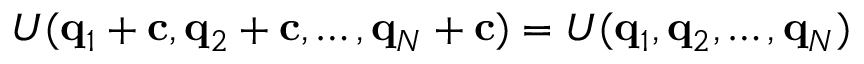
U ( \mathbf { q } _ { 1 } + \mathbf { c } , \mathbf { q } _ { 2 } + \mathbf { c } , \dots , \mathbf { q } _ { N } + \mathbf { c } ) = U ( \mathbf { q } _ { 1 } , \mathbf { q } _ { 2 } , \dots , \mathbf { q } _ { N } )